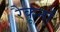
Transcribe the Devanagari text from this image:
रैकूनों